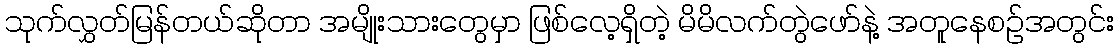
သုက်လွှတ်မြန်တယ်ဆိုတာ အမျိုးသားတွေမှာ ဖြစ်လေ့ရှိတဲ့ မိမိလက်တွဲဖော်နဲ့ အတူနေစဥ်အတွင်း